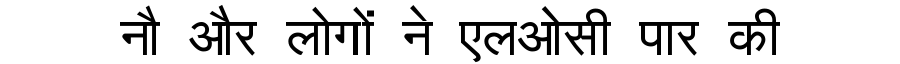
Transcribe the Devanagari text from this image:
नौ और लोगों ने एलओसी पार की